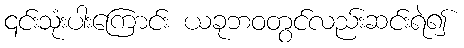
၎င်းသုံးပါးကြောင်း ယခုဘဝတွင်လည်းဆင်းရဲ၍